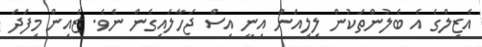
އެޒިލްގެ އެ ބެލުންތަކުން ލިލިއަން އިނީ އިސް ޖަހާލައިގެން ނެވެ. ޒެއިން މިފަދަ